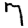
Digit: 7